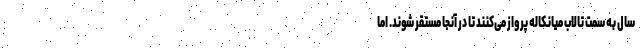
سال به سمت تالاب میانکاله پرواز می‌کنند تا در آنجا مستقر شوند. اما